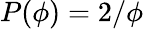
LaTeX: P(\phi)=2/\phi